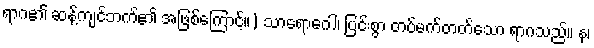
ရာဂ၏ ဆန့်ကျင်ဘက်၏ အဖြစ်ကြောင့်။) သာရောဂေါ၊ ပြင်းစွာ တပ်မက်တတ်သော ရာဂသည်။ န၊